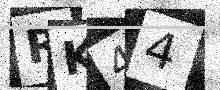
Text: RK44